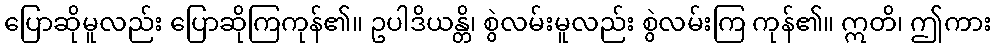
ပြောဆိုမူလည်း ပြောဆိုကြကုန်၏။ ဥပါဒိယန္တိ၊ စွဲလမ်းမူလည်း စွဲလမ်းကြ ကုန်၏။ ဣတိ၊ ဤကား